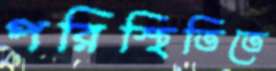
পরিস্থিতিতে